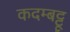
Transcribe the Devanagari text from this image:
कदम्बट्टू